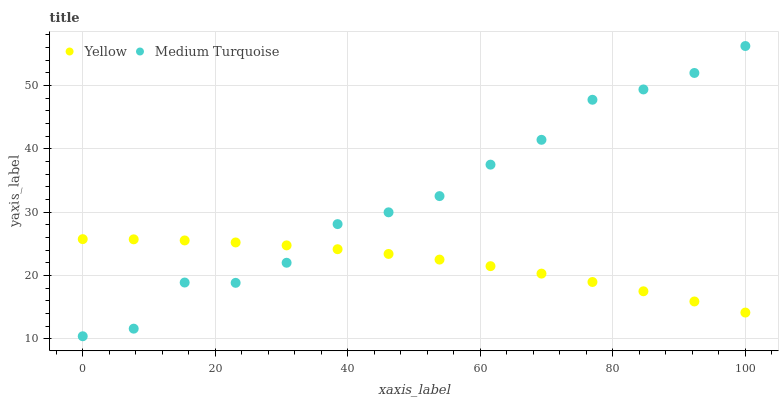
| xaxis_label | Yellow | Medium Turquoise |
 | --- | --- | --- |
 | 0 | 25.8 | 10.4 |
 | 7.69 | 25.7 | 11.6 |
 | 15.4 | 25.6 | 18.9 |
 | 23.1 | 25.2 | 18.9 |
 | 30.8 | 24.8 | 22 |
 | 38.5 | 24.2 | 28.1 |
 | 46.2 | 23.4 | 30 |
 | 53.8 | 22.5 | 32.6 |
 | 61.5 | 21.5 | 37.5 |
 | 69.2 | 20.3 | 41.4 |
 | 76.9 | 19 | 47.8 |
 | 84.6 | 17.5 | 49.4 |
 | 92.3 | 15.9 | 52 |
 | 100 | 14.2 | 56.2 |